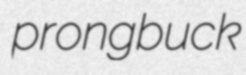
prongbuck